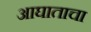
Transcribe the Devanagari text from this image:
आघाताचा